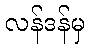
လန်ဒန်မှ